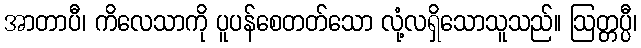
အာတာပီ၊ ကိလေသာကို ပူပန်စေတတ်သော လုံ့လရှိသောသူသည်။ ဩတ္တပ္ပီ၊